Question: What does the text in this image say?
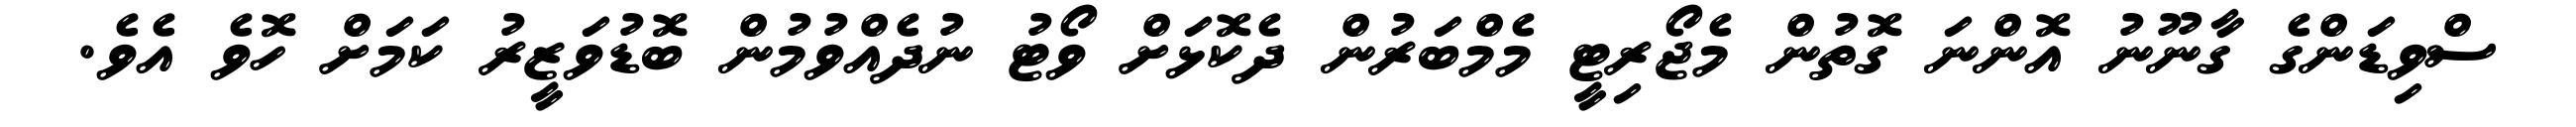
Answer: ސްވިޑަންގެ ގާނޫނު އޮންނަ ގޮތުން މެޖޯރިޓީ މެމްބަރުން ދެކޮޅަށް ވޯޓު ނުދެއްވުމުން ބޮޑުވަޒީރު ކަމަށް ހޮވެ އެވެ.